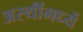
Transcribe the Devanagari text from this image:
अस्थींमध्यें